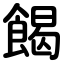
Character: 餲